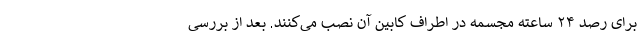
برای رصد ۲۴ ساعته مجسمه در اطراف کابین آن نصب می‌کنند. بعد از بررسی